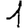
Digit: 1